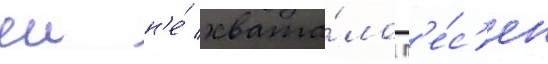
еи н'е́ хвата́ло п'е́с'ен